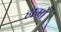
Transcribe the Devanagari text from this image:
हामो